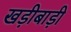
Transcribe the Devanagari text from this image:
खड़ीबाड़ी